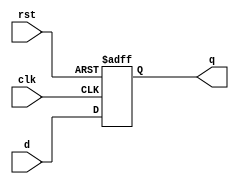
module flopr(clk, rst, d, q);
    parameter width=32;
    input clk;
    input rst;
    input [width-1:0] d;
    output reg [width-1:0] q;

    always @(posedge clk or posedge rst)
	 begin
        if (rst)
            q <= 0;
        else
            q <= d;
	 end
endmodule